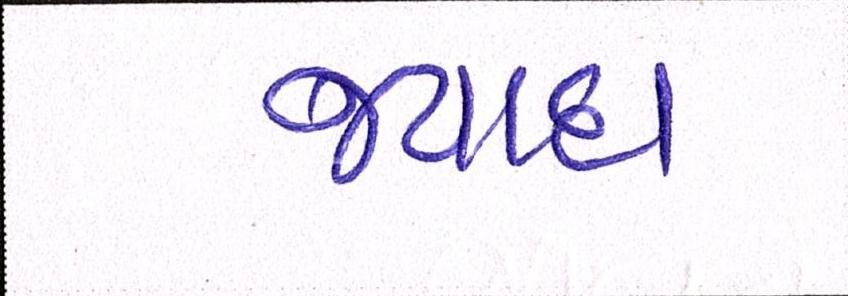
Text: જ્યાદા